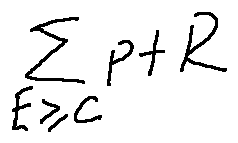
\sum \limits _ { E \geq c } p + R